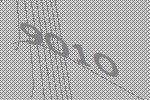
9010